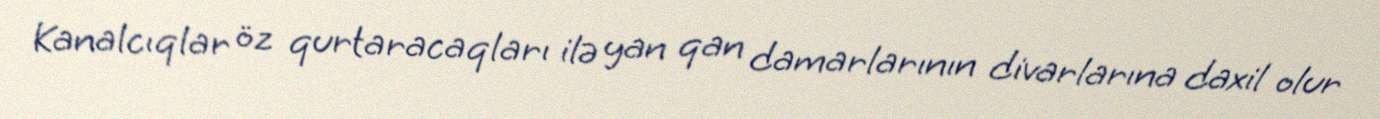
Kanalcıqlar öz qurtaracaqları ilə yan qan damarlarının divarlarına daxil olur